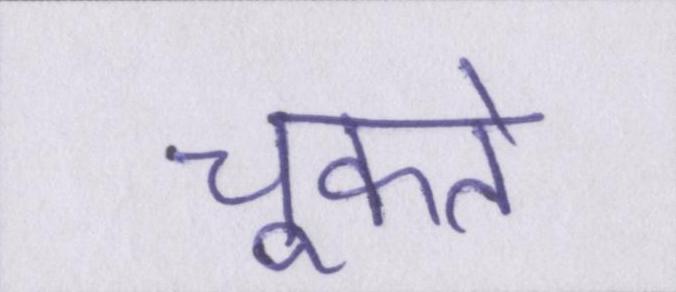
चूकते